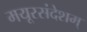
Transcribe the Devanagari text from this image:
मयूरसंदेशम्